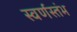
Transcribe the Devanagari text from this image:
स्वर्णस्तंभ